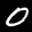
Label: 0